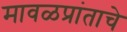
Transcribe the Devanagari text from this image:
मावळप्रांताचे